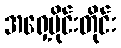
အရှေ့ပိုင်းတိုင်း